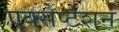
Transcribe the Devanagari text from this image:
एक्सेप्टेशन